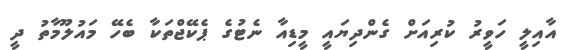
އާއިލީ ހަވީރު ކުރިއަށް ގެންދިޔައީ މީޑިއާ ނެޓުގެ ޕެކޭޖްތަކާ ބެހޭ މައުލޫމާތު ދީ